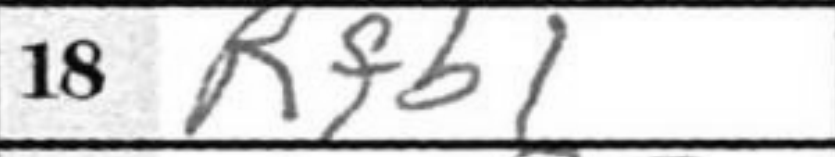
Transcription: Rfb1